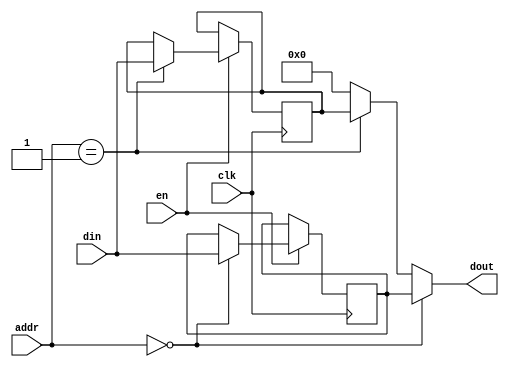
module outputDev(clk, en, addr, din, dout);
  input clk, en;
  input [3:2] addr;
  input [31:0] din;
  output [31:0] dout;
  
  reg [31:0] preData, curData;
  
  initial
  begin
    preData = 32'b0;
    curData = 32'b0;
  end
  
  always@(posedge clk)
  begin
    if(en)
      begin
        case(addr)
          2'b00:
            begin
              preData <= din;
            end
          2'b01:
            begin
              curData <= din;
            end
          default:
            begin
              $display("illegal address to write the outputDev!");
            end
        endcase
      end
  end
  
  assign dout = (addr == 2'b00) ? preData : (addr == 2'b01) ? curData : 32'b0;
  //assign dout = curData;
  
endmodule